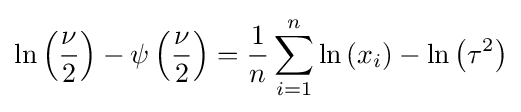
\ln \left({\frac {\nu }{2}}\right)-\psi \left({\frac {\nu }{2}}\right)={\frac {1}{n}}\sum _{i=1}^{n}\ln \left(x_{i}\right)-\ln \left(\tau ^{2}\right)